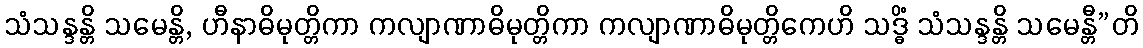
သံသန္ဒန္တိ သမေန္တိ, ဟီနာဓိမုတ္တိကာ ကလျာဏာဓိမုတ္တိကာ ကလျာဏာဓိမုတ္တိကေဟိ သဒ္ဓိံ သံသန္ဒန္တိ သမေန္တီ”တိ